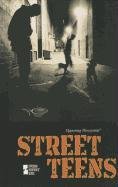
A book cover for Street Teens (Opposing Viewpoints); Dedria Bryfonski; Teen & Young Adult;